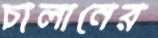
চালানের